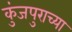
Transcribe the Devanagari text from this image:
कुंजपुराच्या